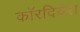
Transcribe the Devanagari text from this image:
कॉरदियेरा